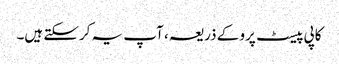
کاپی پیسٹ پرو کے ذریعہ ، آپ یہ کرسکتے ہیں۔